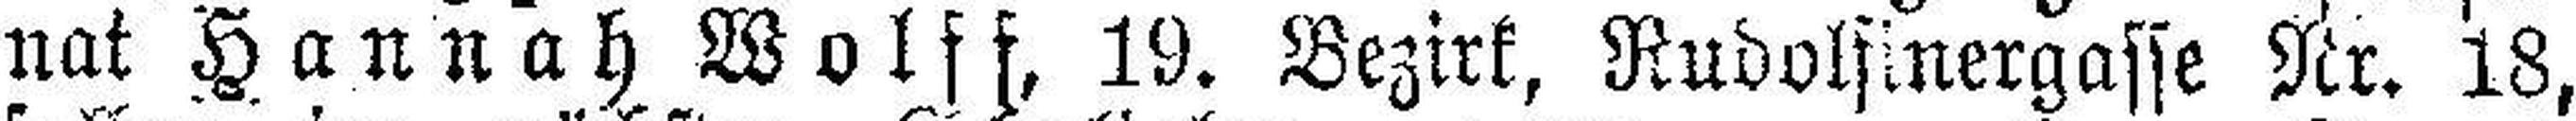
nat Hannah Wolff, 19. Bezirk, Rudolfinergasse Nr. 18,